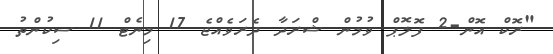
"ރޮކް އޮން-2 ފޮލޮޕް ވުމުން ޝްރަދާ ދެރަވެއްޖެ 17 މިނެޓް 11 ސިކުންތު